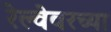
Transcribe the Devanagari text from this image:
रेल्वेवरच्या